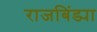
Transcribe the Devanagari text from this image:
राजबिंड्या